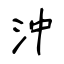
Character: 沖